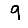
Digit: 9